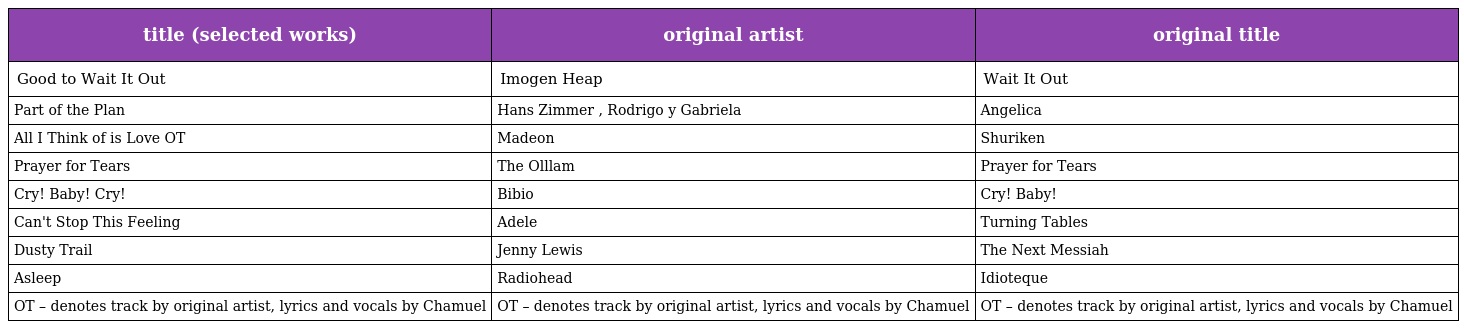
| title (selected works) | original artist | original title |
 | --- | --- | --- |
 | Good to Wait It Out | Imogen Heap | Wait It Out |
 | Part of the Plan | Hans Zimmer , Rodrigo y Gabriela | Angelica |
 | All I Think of is Love OT | Madeon | Shuriken |
 | Prayer for Tears | The Olllam | Prayer for Tears |
 | Cry! Baby! Cry! | Bibio | Cry! Baby! |
 | Can't Stop This Feeling | Adele | Turning Tables |
 | Dusty Trail | Jenny Lewis | The Next Messiah |
 | Asleep | Radiohead | Idioteque |
 | OT – denotes track by original artist, lyrics and vocals by Chamuel | OT – denotes track by original artist, lyrics and vocals by Chamuel | OT – denotes track by original artist, lyrics and vocals by Chamuel |